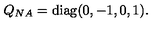
Q _ { N A } = \mathrm { d i a g } ( 0 , - 1 , 0 , 1 ) .